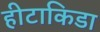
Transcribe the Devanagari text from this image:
हीटाकिडा